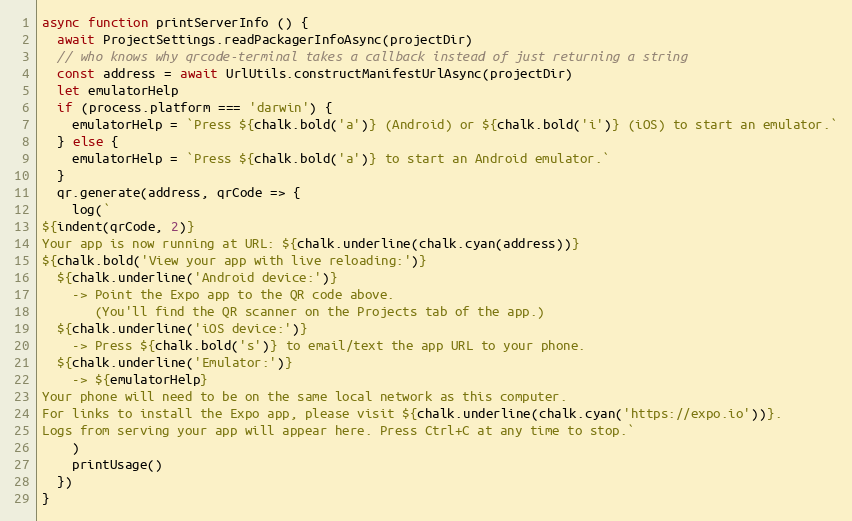
Language: JavaScript
async function printServerInfo () {
  await ProjectSettings.readPackagerInfoAsync(projectDir)
  // who knows why qrcode-terminal takes a callback instead of just returning a string
  const address = await UrlUtils.constructManifestUrlAsync(projectDir)
  let emulatorHelp
  if (process.platform === 'darwin') {
    emulatorHelp = `Press ${chalk.bold('a')} (Android) or ${chalk.bold('i')} (iOS) to start an emulator.`
  } else {
    emulatorHelp = `Press ${chalk.bold('a')} to start an Android emulator.`
  }
  qr.generate(address, qrCode => {
    log(`
${indent(qrCode, 2)}
Your app is now running at URL: ${chalk.underline(chalk.cyan(address))}
${chalk.bold('View your app with live reloading:')}
  ${chalk.underline('Android device:')}
    -> Point the Expo app to the QR code above.
       (You'll find the QR scanner on the Projects tab of the app.)
  ${chalk.underline('iOS device:')}
    -> Press ${chalk.bold('s')} to email/text the app URL to your phone.
  ${chalk.underline('Emulator:')}
    -> ${emulatorHelp}
Your phone will need to be on the same local network as this computer.
For links to install the Expo app, please visit ${chalk.underline(chalk.cyan('https://expo.io'))}.
Logs from serving your app will appear here. Press Ctrl+C at any time to stop.`
    )
    printUsage()
  })
}